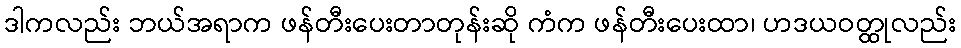
ဒါကလည်း ဘယ်အရာက ဖန်တီးပေးတာတုန်းဆို ကံက ဖန်တီးပေးထာ၊ ဟဒယဝတ္ထုလည်း